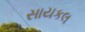
સાયકલ